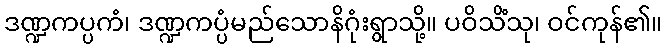
ဒဏ္ဍကပ္ပကံ၊ ဒဏ္ဍကပ္ပံမည်သောနိဂုံးရွာသို့။ ပဝိသိံသု၊ ဝင်ကုန်၏။